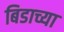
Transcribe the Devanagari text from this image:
बिडाच्या